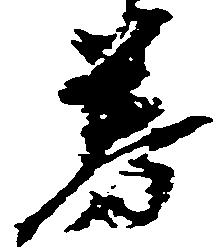
券